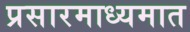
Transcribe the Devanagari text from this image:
प्रसारमाध्यमात